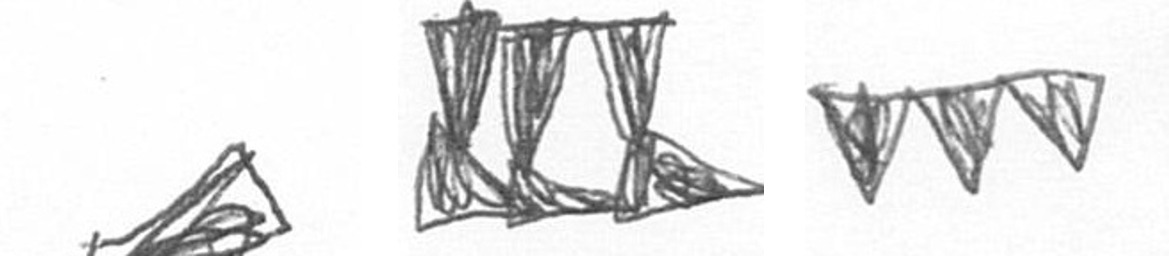
O D L